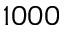
1 0 0 0